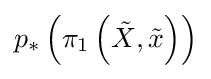
p_{*}\left(\pi _{1}\left({\tilde {X}},{\tilde {x}}\right)\right)